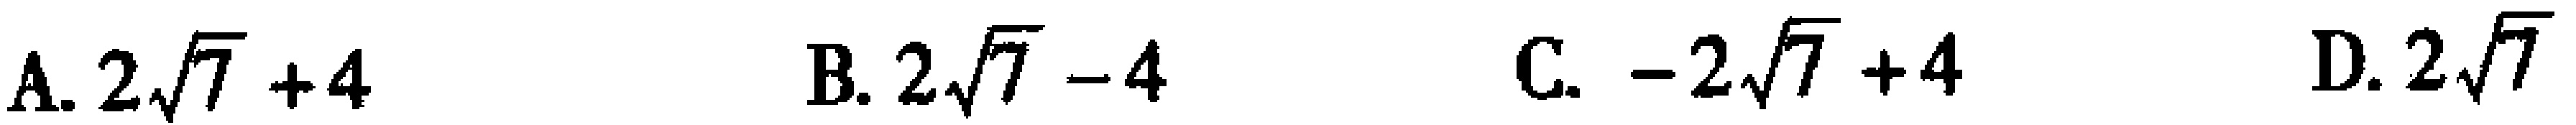
A. \(2\sqrt{7}+4\)  B. \(2\sqrt{7}-4\)  C. \(-2\sqrt{7}+4\)  D. \(2\sqrt{7}\)